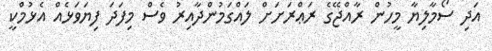
އަދި ސޯމާލިޔާ މީހުން ރާއްޖޭގެ ރަޢްރަށަށް ލައްގަމުންދާއިރު ވެސް މިފަދަ ފިޔަވަޅެއް އެޅުމްކީ